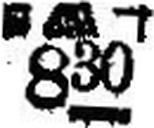
830